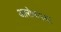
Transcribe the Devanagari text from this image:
आरोग्यरक्षा